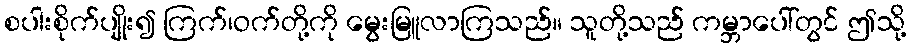
စပါးစိုက်ပျိုး၍ ကြက်၊ဝက်တို့ကို မွေးမြူလာကြသည်။ သူတို့သည် ကမ္ဘာပေါ်တွင် ဤသို့